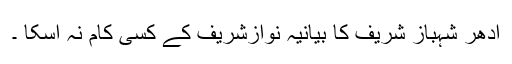
ادھر شہباز شریف کا بیانیہ نوازشریف کے کسی کام نہ آسکا ۔